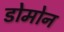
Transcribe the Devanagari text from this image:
डोमोन